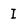
Character: I